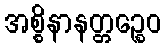
အစ္စိနာနတ္တဉ္စေဝ